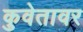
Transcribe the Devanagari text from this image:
कुवेतावर